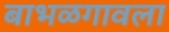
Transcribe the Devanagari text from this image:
बाभळगावला